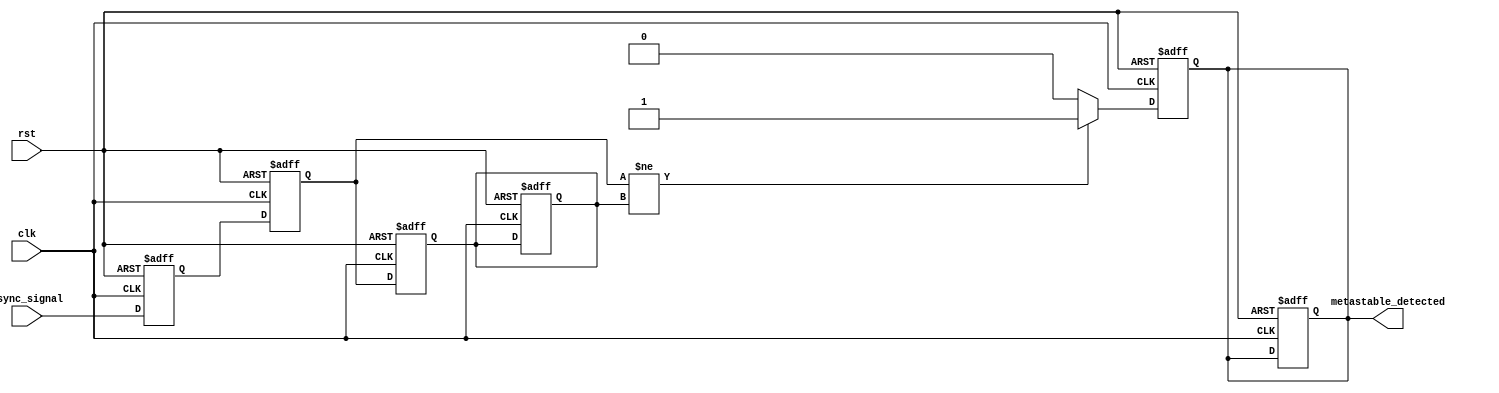
module metastability_detector (
    input wire clk,                 // Sampling clock
    input wire async_signal,        // Asynchronous input signal
    input wire rst,                 // Asynchronous reset
    output reg metastable_detected   // Output signal indicating metastability
);

    reg async_signal_ff1;           // First flip-flop output
    reg async_signal_ff2;           // Second flip-flop output
    reg async_signal_ff2_prev;      // Previous state of second flip-flop output

    // Reset and sampling of the asynchronous signal
    always @(posedge clk or posedge rst) begin
        if (rst) begin
            async_signal_ff1 <= 1'b0;
            async_signal_ff2 <= 1'b0;
            metastable_detected <= 1'b0;
            async_signal_ff2_prev <= 1'b0;
        end else begin
            // Capture the asynchronous signal
            async_signal_ff1 <= async_signal;   // Sample input signal
            async_signal_ff2 <= async_signal_ff1; // Sample ff1 output
        end
    end

    // Pulse generation logic
    always @(posedge clk or posedge rst) begin
        if (rst) begin
            metastable_detected <= 1'b0;
            async_signal_ff2_prev <= 1'b0;
        end else begin
            // Detect change in the second flip-flop output
            if (async_signal_ff2 != async_signal_ff2_prev) begin
                metastable_detected <= 1'b1; // Detected a change
            end else begin
                metastable_detected <= 1'b0; // No change
            end

            // Store previous state for next comparison
            async_signal_ff2_prev <= async_signal_ff2;
        end
    end

endmodule